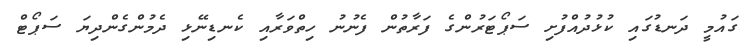
ގައުމީ ދަނޑުގައި ކުޅުދުއްފުށި ސަޕޯޓަރުންގެ ފަރާތުން ފެނުނު ހިތްވަރާއި ކެނޑިނޭޅި ދެމުންގެންދިޔަ ސަޕޯޓް